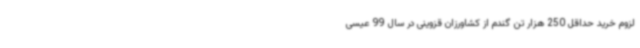
لزوم خرید حداقل 250 هزار تن گندم از کشاورزان قزوینی در سال 99 عیسی